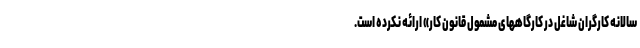
سالانه کارگران شاغل در کارگاههای مشمول قانون کار» ارائه نکرده است.